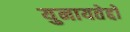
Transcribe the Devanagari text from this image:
युनायतेद्दो